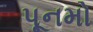
પૂનમો